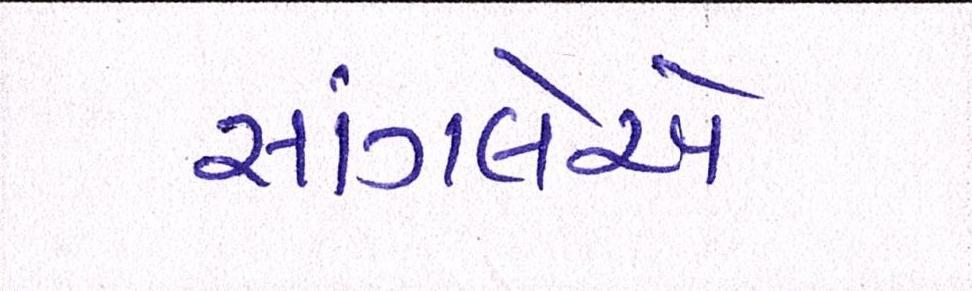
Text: સાંગલેએ